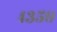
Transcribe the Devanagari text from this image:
४३५९